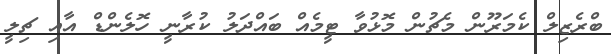
ބްރެޒިލް ކެމަރޫން މެޗުން މޮޅުވާ ޓީމެއް ބައްދަލު ކުރާނީ ހޮލެންޑް އާއި ޗިލީ